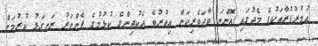
އުމުރުފުރާތަކުގެ މެދުގައި އޮންނަ ވާދަވެރިކަން އިތުރުވެ އެކުދިންގެ ކުޅުމުގެ ފެންވަރު ރަނގަޅު ކުރުމަށް